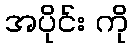
အပိုင်း ကို